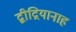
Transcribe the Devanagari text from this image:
द्बीद्रियानाह